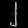
Digit: ၂